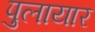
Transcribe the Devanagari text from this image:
पुलायार